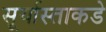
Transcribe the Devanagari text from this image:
सूर्यास्ताकडे